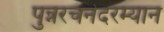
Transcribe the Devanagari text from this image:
पुन्नरचनेदरम्यान